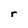
Character: r